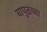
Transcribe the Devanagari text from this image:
यापुढच्या